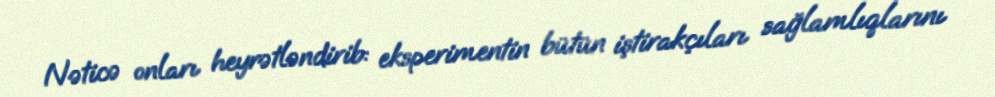
Nəticə onları heyrətləndirib: eksperimentin bütün iştirakçıları sağlamlıqlarını